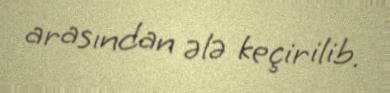
arasından ələ keçirilib.